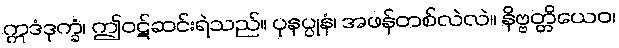
ဣဒံဒုက္ခံ၊ ဤဝဋ်ဆင်းရဲသည်။ ပုနပ္ပုနံ၊ အဖန်တစ်လဲလဲ။ နိဗ္ဗတ္တိယေဝ၊